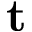
\mathbf t